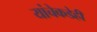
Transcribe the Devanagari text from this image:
यांचेकडेही